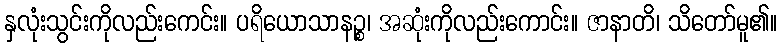
နှလုံးသွင်းကိုလည်းကေင်း။ ပရိယောသာနဉ္စ၊ အဆုံးကိုလည်းကောင်း။ ဇာနာတိ၊ သိတော်မူ၏။